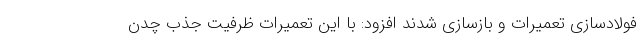
فولادسازی تعمیرات و بازسازی شدند افزود: با این تعمیرات ظرفیت جذب چدن